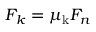
F _ { k } = \mu _ { \mathrm { k } } F _ { n }